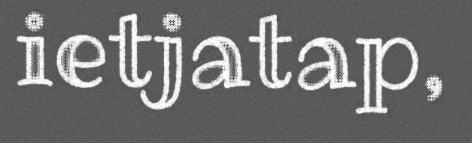
ietjatap,